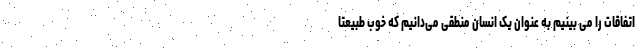
اتفاقات را می بینیم به عنوان یک انسان منطقی می‌دانیم که خوب طبیعتا